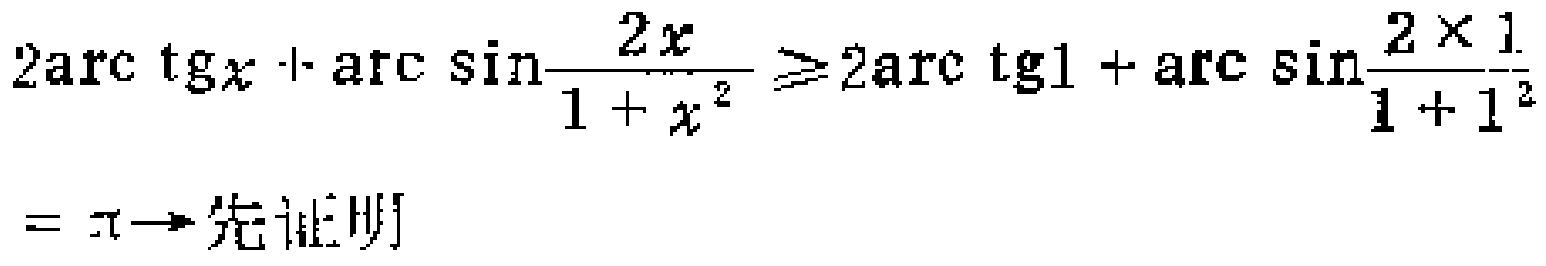
\[
2\mathrm{arc}\,\mathrm{tg}x + \mathrm{arc}\,\mathrm{sin}\frac{2x}{1 + x^{2}} \geqslant 2\mathrm{arc}\,\mathrm{tg}1 + \mathrm{arc}\,\mathrm{sin}\frac{2\times 1}{1 + 1^{2}}=\pi\rightarrow先证明
\]